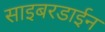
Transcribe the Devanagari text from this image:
साइबरडाईन